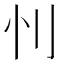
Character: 𰄜